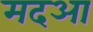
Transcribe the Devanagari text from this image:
मदआ